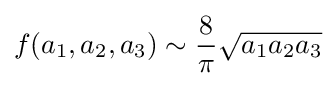
f(a_{1},a_{2},a_{3})\sim {\frac {8}{\pi }}{\sqrt {a_{1}a_{2}a_{3}}}